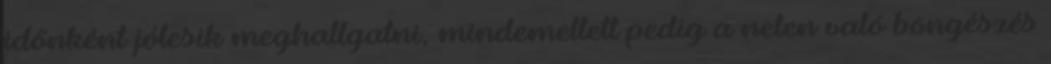
időnként jólesik meghallgatni, mindemellett pedig a neten való böngészés